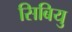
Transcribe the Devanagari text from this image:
सिबियु